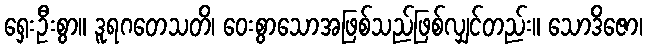
ရှေးဦးစွာ။ ဒူရဂတေသတိ၊ ဝေးစွာသောအဖြစ်သည်ဖြစ်လျှင်တည်း။ သောဒိဇော၊